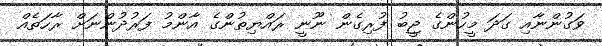
ވަގުންނާއި ގަދަ މީހުންގެ ޖީބު ފުރިގެން ނޫނީ ރައްޔިތުންގެ އާންމު ފަރުދުންނަށް ރާހަތެއް